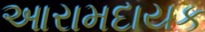
આરામદાયક